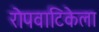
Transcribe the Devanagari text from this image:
रोपवाटिकेला